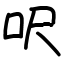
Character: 呎